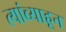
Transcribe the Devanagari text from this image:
त्यांच्याहून